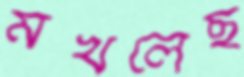
মখলেছ